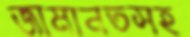
জামানতসহ